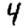
Digit: 4